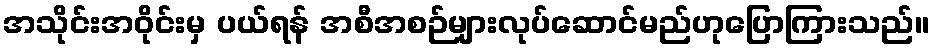
အသိုင်းအဝိုင်းမှ ပယ်ရန် အစီအစဉ်များလုပ်ဆောင်မည်ဟုပြောကြားသည်။